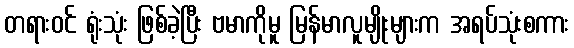
တရားဝင် ရုံးသုံး ဖြစ်ခဲ့ပြီး ဗမာကိုမူ မြန်မာလူမျိုးများက အရပ်သုံးစကား